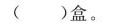
( )盒。